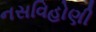
નસવિહોણી